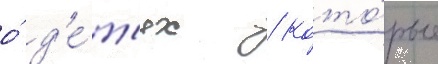
о́ д'е́т'ях / кото́рые